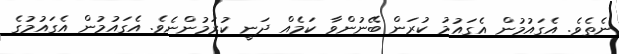
ނެތެވެ. އެގައުމުން އެގައުމު ކުރަން ބޭނުންވާ ކަމެއް ދަނީ ކުރަމުންނެވެ. އެގައުމުން އެގައުމުގެ